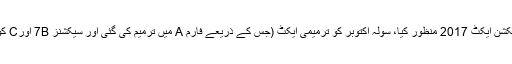
پارلیمنٹ نے دواکتوبر کو الیکشن ایکٹ 2017 منظور کیا، سولہ اکتوبر کو ترمیمی ایکٹ (جس کے ذریعے فارم A میں ترمیم کی گئی اور سیکشنز 7B اورC کو منسوخ کیا گیا) منظور ہوا۔